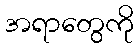
အရာတွေကို